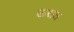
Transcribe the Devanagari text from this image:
ऊरात